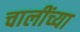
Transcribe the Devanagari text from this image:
चालींच्या